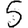
Digit: 5